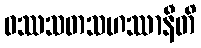
ဝဿသတသဟဿာနီတိ